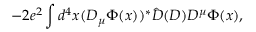
- 2 e ^ { 2 } \int d ^ { 4 } x ( D _ { \mu } \Phi ( x ) ) ^ { * } { \hat { \cal D } } ( D ) D ^ { \mu } \Phi ( x ) ,